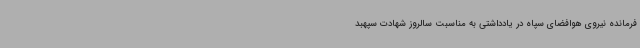
فرمانده نیروی هوافضای سپاه در یادداشتی به مناسبت سالروز شهادت سپهبد